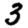
Digit: 3